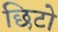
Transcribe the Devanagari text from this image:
छिटो